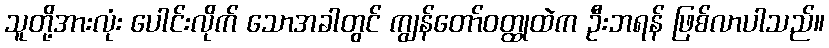
သူတို့အားလုံး ပေါင်းလိုက် သောအခါတွင် ကျွန်တော်ဝတ္ထုထဲက ဦးဘရန် ဖြစ်လာပါသည်။